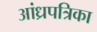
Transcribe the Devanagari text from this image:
आंध्रपत्रिका